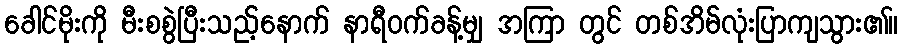
ခေါင်မိုးကို မီးစစွဲပြီးသည့်နောက် နာရီဝက်ခန့်မျှ အကြာ တွင် တစ်အိမ်လုံးပြာကျသွား၏။